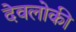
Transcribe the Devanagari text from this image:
देवलोकी